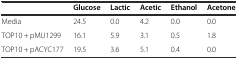
<table><thead><tr><td></td><td><b>Glucose</b></td><td><b>Lactic</b></td><td><b>Acetic</b></td><td><b>Ethanol</b></td><td><b>Acetone</b></td></tr></thead><tbody><tr><td>Media</td><td>24.5</td><td>0.0</td><td>4.2</td><td>0.0</td><td>0.0</td></tr><tr><td>TOP10 + pMU1299</td><td>16.1</td><td>5.9</td><td>3.1</td><td>0.5</td><td>1.8</td></tr><tr><td>TOP10 + pACYC177</td><td>19.5</td><td>3.6</td><td>5.1</td><td>0.4</td><td>0.0</td></tr></tbody></table>